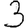
Digit: 3